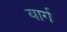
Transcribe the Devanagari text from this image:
यार्ग